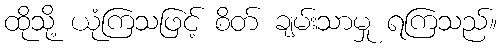
ထိုသို့ ယုံကြသဖြင့် စိတ် ချမ်းသာမှု ရကြသည်။